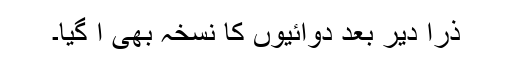
ذرا دیر بعد دوائیوں کا نسخہ بھی آ گیا۔